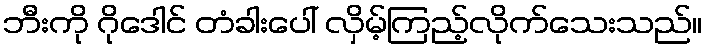
ဘီးကို ဂိုဒေါင် တံခါးပေါ် လှိမ့်ကြည့်လိုက်သေးသည်။